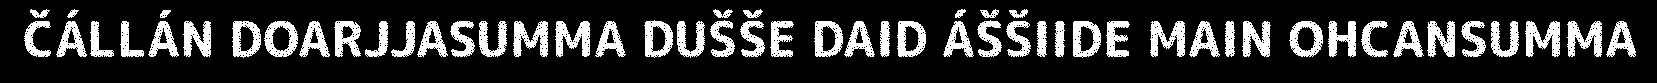
ČÁLLÁN DOARJJASUMMA DUŠŠE DAID ÁŠŠIIDE MAIN OHCANSUMMA